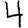
Digit: 4